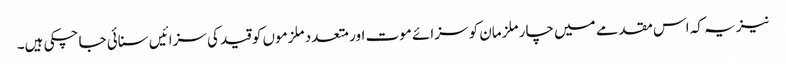
نیز یہ کہ اس مقدمے میں چار ملزمان کو سزائے موت اور متعدد ملزموں کو قید کی سزائیں سنائی جا چکی ہیں۔